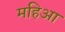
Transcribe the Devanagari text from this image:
महिआ